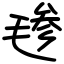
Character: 毶